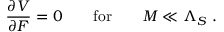
\frac { \partial V } { \partial { \cal F } } = 0 \quad \quad \mathrm { f o r } \quad \quad { \cal M } \ll { \Lambda _ { S } } \ .